Paatsalu_vallavalitsus, lk 17
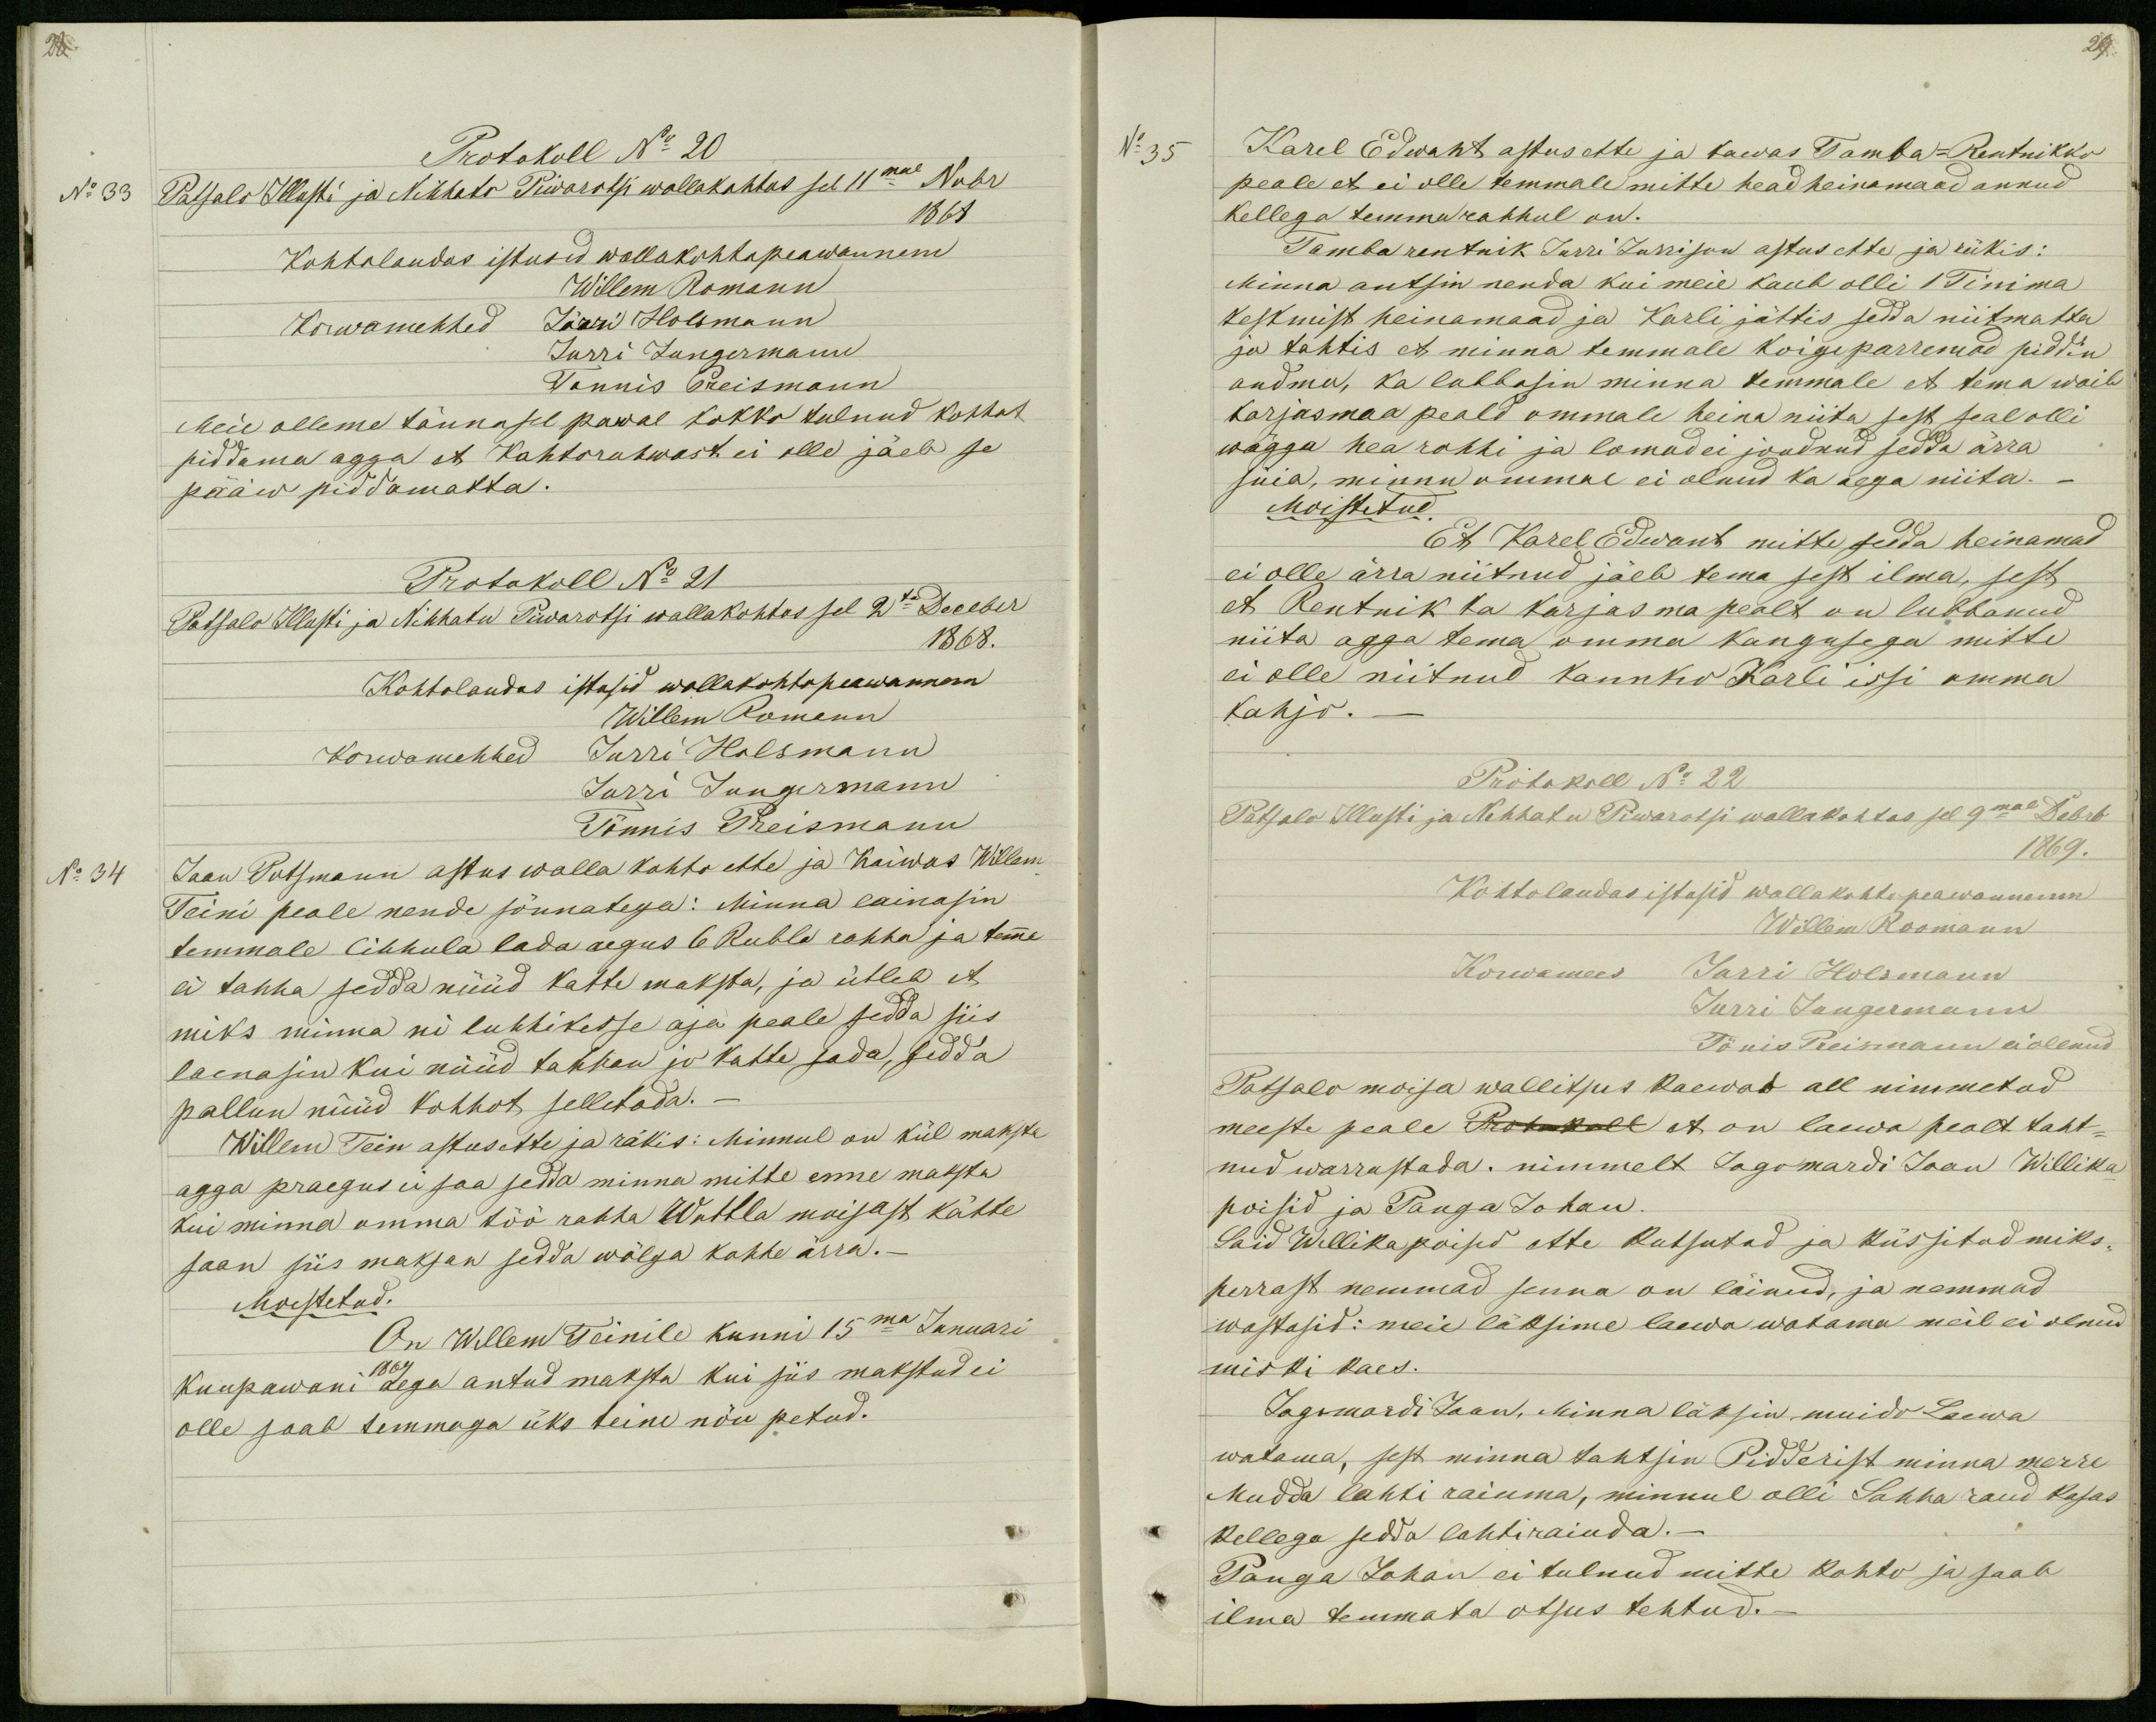
29.

Protokoll No 20
No 33
Patsalo Illusti ja Nihhato Piwarotsi wallakohtos sel 11mal Nobr
1868
Kohtolaudas istusid wallakohtopeawannem
Willem Romann
Korwamehhed Jürri Holsmann
Jurri Jungermann
Tonnis Preismann
Meie olleme tännasel pawal kokko tulnud kohhot
piddama agga et Kahtorahwast ei olle jäeb se
pääw piddamatta.
Protokoll No 21
Patsalo Illusti ja Nihhatu Piwarotsi wallakohtos sel 2te  Deceber
1868.
Kohtolaudas istusid wallakohtopeawannem
Willem Romann
Korwamehhed Jurri Holsmann
Jurri Jungermann
Tönnis Preismann
No 34
Jaan Potsmann astus walla kohto ette ja Kaiwas Willem
Teini peale nende sõnnatega: Minna lainasin
temmale Lihhula lada aegus 6 Rubla rahha ja temma
ei tahha sedda nüüd katte maksta, ja ütleb et
miks minna ni luhhikesse aja peale sedda siis
laenasin kui nüüd tahhan jo katte sada, sedda
pallun nüüd kohhot selletada._
Willem Tein astus ette ja räkis: Minnul on kül maksta
agga praegus ei saa sedda minna mitte enne maksta
kui minna omma töö rahha Wattla moisast kätte
saan siis maksan sedda wõlga kohhe ärra._
Moestetud.
On Willem Teinile kunni 15ma Januari
1869
kuupawani aega antud maksta kui siis makstud ei
olle saab temmaga üks teine nõu petud.

No 35
Karel Edwant astus ette ja kaewas Tamba-Rentnikko
peale et ei olle temmale mitte head heinamaad annud
kellega temma rahhul on.
Tamba rentnik Jurri Jurrison astus ette ja räkis:
Minna antsin nenda kui meie kaub olli 1 Tinima
keskmist heinamaad ja Karli jättis sedda niitmatta
ja tahtis et minna temmale koige parremad piddin
andma, ka lubbasin minna temmale et tema woib
karjasmaa peald ommale heina niita sest seal olli
wägga hea rohhi ja lomad ei joudnud sedda ärra
süia, minnu ommal ei olnud ka aega niita.
Moistetud
Et Karel Edwant mitte sedda heinamad
ei olle ärra niitnud jäeb tema sest ilma, sest
et Rentnik ka karjasma pealt on lubbanud
niita agga tema omma kangusega mitte
ei olle niitnud kannko Karli issi omma
kahju._
Protokoll No 22
Patsalo Illusti ja Nehhatu Piwarotsi wallakohtos sel 9mal Dcbrb
1869.
Kohtolaudas istusid wallakohto peawannem
Willem Roomann
Korwamees Jurri Holsmann
Jurri Jungermann
Tönis Preismann ei ollnud
Patsalo moisa wallitsus kaewab all nimmetud
meeste peale Protokoll et on laewa pealt taht-
nud warrastada. nimmelt Jagomardi Jaan Willika
poisid ja Panga Johan.
Said Willikapoised ette kutsutud ja küssitud miks-
perrast nemmad senna on läinud, ja nemmad
wastasid: meie läksime laewa watama meil ei olnud
miski kaes.
Jagomardi Jaan, Minna läksin muido Laewa
watama, sest minna tahtsin Pidderist minna merre
Mudda lahti raiuma, minnul olli Sahha raud kasas
kellega sedda lahti raiuda._
Panga Johan ei tulnud mitte kohto ja saab
ilma temmata otsus tehtud._